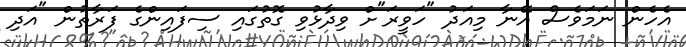
އެހެން ނަމަވެސް އޭނާ މިއަދު "ހަވީރަ"ށް ވިދާޅުވި ގޮތުގައި ސިފައިންގެ ފަރާތުން "އަދި